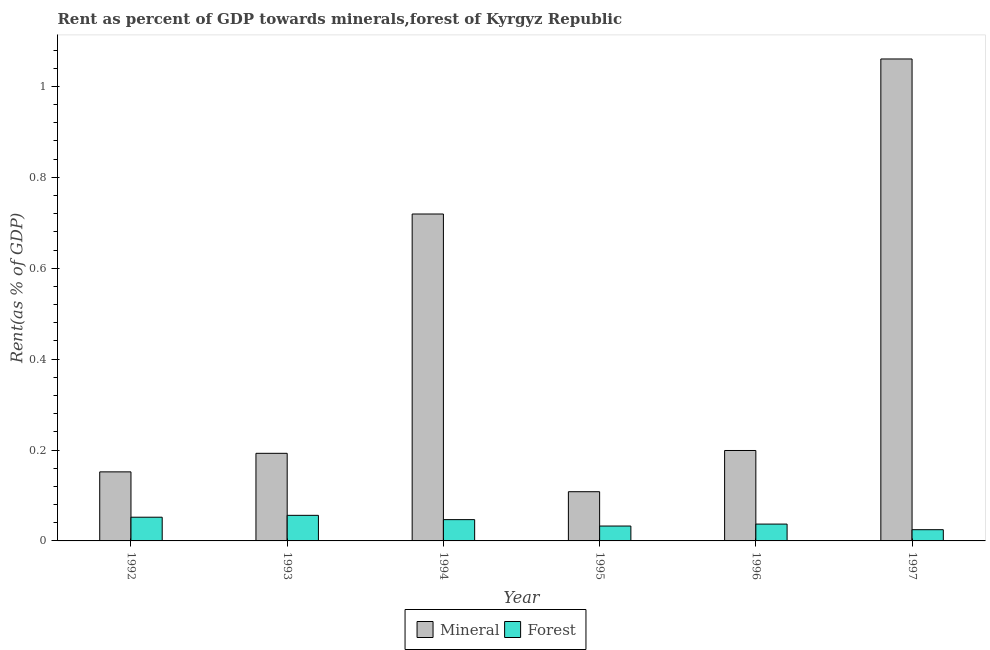
| Year | Mineral | Forest |
 | --- | --- | --- |
 | 1992 | 0.152 | 0.0522 |
 | 1993 | 0.193 | 0.0563 |
 | 1994 | 0.719 | 0.0468 |
 | 1995 | 0.108 | 0.0327 |
 | 1996 | 0.199 | 0.037 |
 | 1997 | 1.06 | 0.0247 |